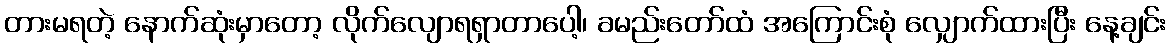
တားမရတဲ့ နောက်ဆုံးမှာတော့ လိုက်လျောရရှာတာပေါ့၊ ခမည်းတော်ထံ အကြောင်းစုံ လျှောက်ထားပြီး နေ့ချင်း